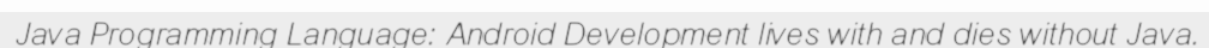
Java Programming Language: Android Development lives with and dies without Java.